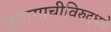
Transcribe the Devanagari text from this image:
मुतागाचीविरुद्धचे